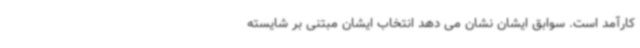
کارآمد است. سوابق ایشان نشان می دهد انتخاب ایشان مبتنی بر شایسته